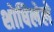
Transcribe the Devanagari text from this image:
शोषिलेले